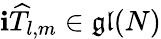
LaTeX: \mathbf{i}\widehat{{T}}_{l,m}\in\mathfrak{{gl}}(N)